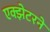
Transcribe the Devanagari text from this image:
एक्झेटरने